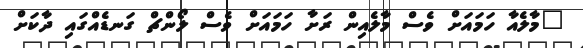
"މާލެއާ ހަމައަށް ވެސް މާލެއިން ރަށާ ހަމައަށް ވެސް ލޯންޗް ގަނޑެއްގައި ދާކަށް